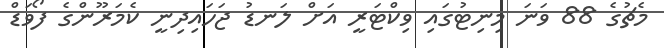
މެޗުގެ 88 ވަނަ މިނިޓުގައި ވިކްޓަރީ އަށް ލަނޑު ޖަހައިދިނީ ކެމަރޫންގެ ފޯވަޑް